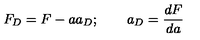
F _ { D } = F - a a _ { D } ; \qquad a _ { D } = \frac { d F } { d a }